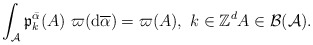
\begin{align*}\int_{\mathcal{A}}\mathfrak{p}_{k}^{\bar{\alpha}}(A)~\varpi (\mathrm{d}\overline{\alpha })=\varpi (A),\ k\in \mathbb{Z}^{d}A\in\mathcal{B}(\mathcal{A}). \end{align*}